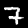
Label: 7